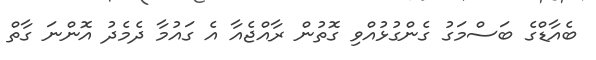
ބެއާޑްގެ ބަސްމަގު ގެންގުޅުއްވި ގޮތުން ރާއްޖެއާ އެ ގައުމާ ދެމެދު އޮންނަ ގާތް